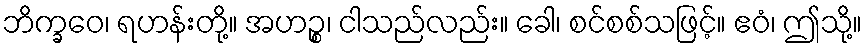
ဘိက္ခဝေ၊ ရဟန်းတို့။ အဟဉ္စ၊ ငါသည်လည်း။ ခေါ၊ စင်စစ်သဖြင့်။ ဧဝံ၊ ဤသို့။